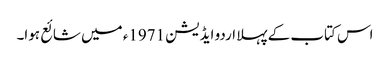
اس کتاب کے پہلا اردو ایڈیشن 1971ء میں شائع ہوا۔